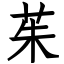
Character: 茱